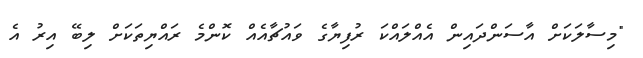
"މިސާލަކަށް އާސަންދައިން އެއްލައްކަ ރުފިޔާގެ ވައުޗާއެއް ކޮންމެ ރައްޔިތަކަށް ލިބޭ އިރު އެ